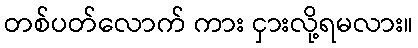
တစ်ပတ်လောက် ကား ငှားလို့ရမလား။